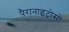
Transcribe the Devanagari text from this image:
पैरानाइट्रोसो